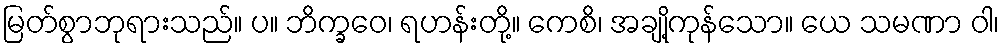
မြတ်စွာဘုရားသည်။ ပ။ ဘိက္ခဝေ၊ ရဟန်းတို့။ ကေစိ၊ အချို့ကုန်သော။ ယေ သမဏာ ဝါ၊